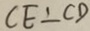
C E \bot C D